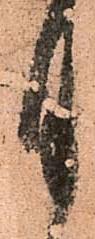
月